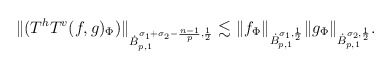
\begin{align*}\|(T^hT^v(f,g)_\Phi)\|_{\dot{B}^{\sigma_1+\sigma_2-\frac{n-1}{p},\frac{1}{2}}_{p,1}}\lesssim \|f_\Phi\|_{\dot{B}^{\sigma_1,\frac{1}{2}}_{p,1}}\|g_\Phi\|_{\dot{B}^{\sigma_2,\frac{1}{2}}_{p,1}}.\end{align*}